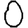
Digit: 0